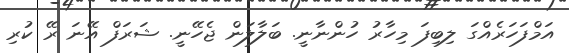
އަމްފަހަރެއްގަ ލިބިފަ މިހާރު ހުންނާނީ. ބަލާލަން ޖެހޭނީ. ޝަރަފް އޭނަ ރޭ ކުރި